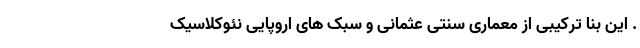
. این بنا ترکیبی از معماری سنتی عثمانی و سبک های اروپایی نئوکلاسیک